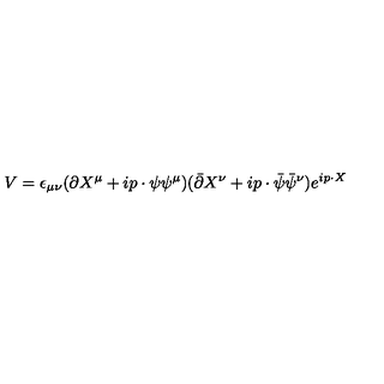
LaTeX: V = \epsilon _ { \mu \nu } ( \partial X ^ { \mu } + i p \cdot \psi \psi ^ { \mu } ) ( \bar { \partial } X ^ { \nu } + i p \cdot \bar { \psi } \bar { \psi } ^ { \nu } ) e ^ { i p \cdot X }